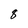
Character: 8